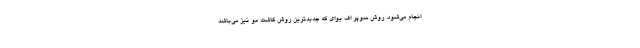
انجام می‌شود. روش سوپر اف یوای که جدیدترین روش کاشت مو نیز می‌باشد